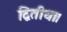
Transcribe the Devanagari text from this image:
द्वितीया।